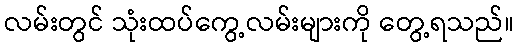
လမ်းတွင် သုံးထပ်ကွေ့လမ်းများကို တွေ့ရသည်။